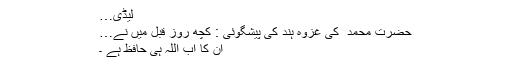
لیڈی…
حضرت محمد ؐ کی غزوہ ہند کی پیشگوئی : کچھ روز قبل میں نے…
ان کا اب اللہ ہی حافظ ہے ۔